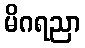
မိဂရညာ